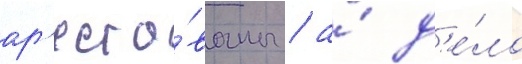
ар'есто́ваны / а́ д'е́ло